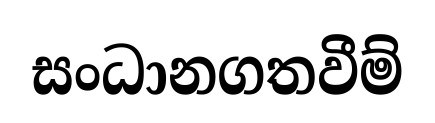
සංධානගතවීම්